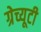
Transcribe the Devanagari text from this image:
ग्रेच्यूटी